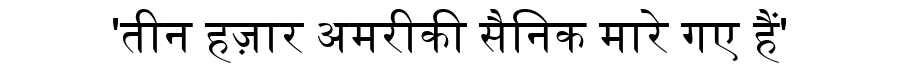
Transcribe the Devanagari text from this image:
'तीन हज़ार अमरीकी सैनिक मारे गए हैं'